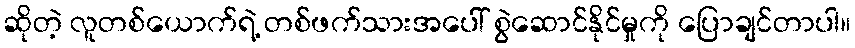
ဆိုတဲ့ လူတစ်ယောက်ရဲ့ တစ်ဖက်သားအပေါ် စွဲဆောင်နိုင်မှုကို ပြောချင်တာပါ။